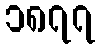
၁၈၇၇